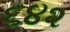
૬૪૨